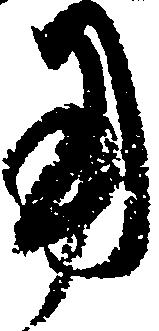
用